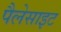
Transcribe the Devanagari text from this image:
पैलेसाइट